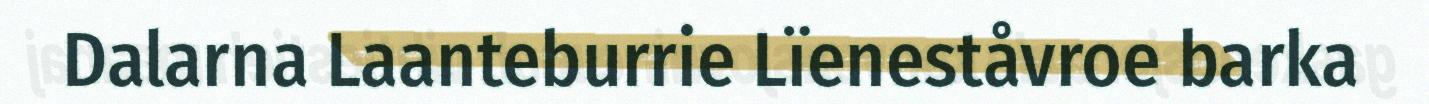
Dalarna Laanteburrie Lïeneståvroe barka